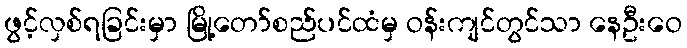
ဖွင့်လှစ်ရခြင်းမှာ မြို့တော်စည်ပင်ထံမှ ဝန်းကျင်တွင်သာ နေဦးဝေ